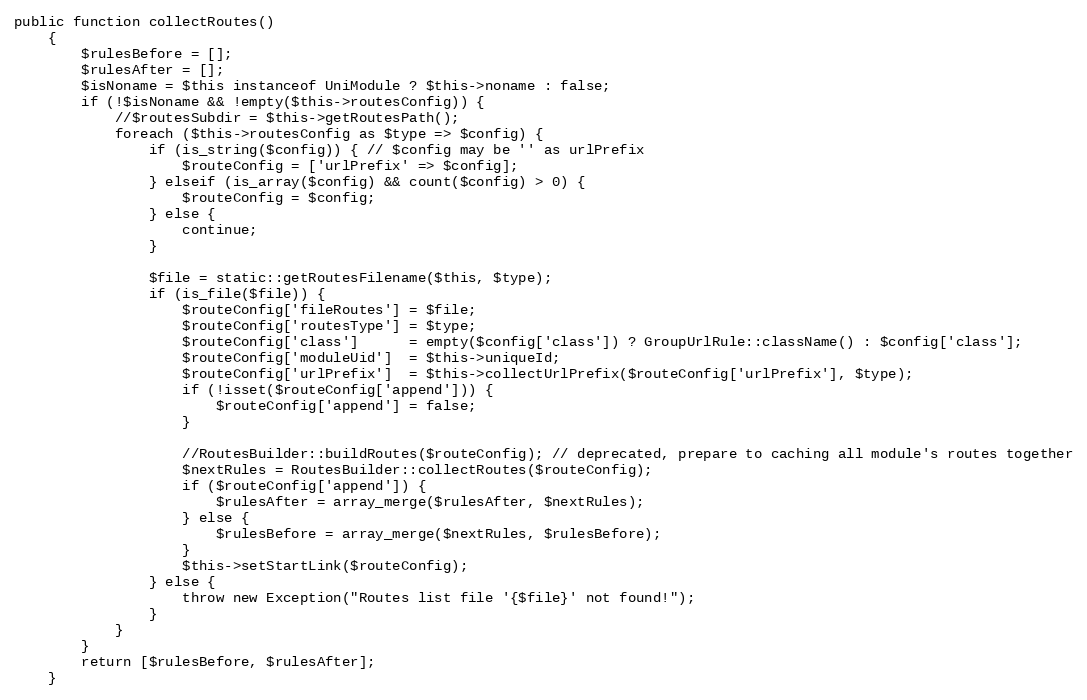
Language: PHP
public function collectRoutes()
    {
        $rulesBefore = [];
        $rulesAfter = [];
        $isNoname = $this instanceof UniModule ? $this->noname : false;
        if (!$isNoname && !empty($this->routesConfig)) {
            //$routesSubdir = $this->getRoutesPath();
            foreach ($this->routesConfig as $type => $config) {
                if (is_string($config)) { // $config may be '' as urlPrefix
                    $routeConfig = ['urlPrefix' => $config];
                } elseif (is_array($config) && count($config) > 0) {
                    $routeConfig = $config;
                } else {
                    continue;
                }

                $file = static::getRoutesFilename($this, $type);
                if (is_file($file)) {
                    $routeConfig['fileRoutes'] = $file;
                    $routeConfig['routesType'] = $type;
                    $routeConfig['class']      = empty($config['class']) ? GroupUrlRule::className() : $config['class'];
                    $routeConfig['moduleUid']  = $this->uniqueId;
                    $routeConfig['urlPrefix']  = $this->collectUrlPrefix($routeConfig['urlPrefix'], $type);
                    if (!isset($routeConfig['append'])) {
                        $routeConfig['append'] = false;
                    }

                    //RoutesBuilder::buildRoutes($routeConfig); // deprecated, prepare to caching all module's routes together
                    $nextRules = RoutesBuilder::collectRoutes($routeConfig);
                    if ($routeConfig['append']) {
                        $rulesAfter = array_merge($rulesAfter, $nextRules);
                    } else {
                        $rulesBefore = array_merge($nextRules, $rulesBefore);
                    }
                    $this->setStartLink($routeConfig);
                } else {
                    throw new Exception("Routes list file '{$file}' not found!");
                }
            }
        }
        return [$rulesBefore, $rulesAfter];
    }